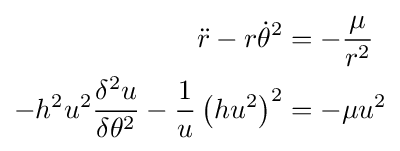
{\begin{aligned}{\ddot {r}}-r{\dot {\theta }}^{2}&=-{\frac {\mu }{r^{2}}}\\-h^{2}u^{2}{\frac {\delta ^{2}u}{\delta \theta ^{2}}}-{\frac {1}{u}}\left(hu^{2}\right)^{2}&=-\mu u^{2}\end{aligned}}